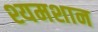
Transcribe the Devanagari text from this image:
श्यमशान